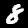
Digit: 8